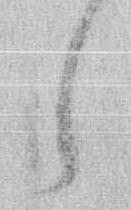
う